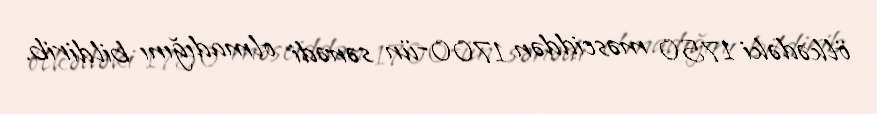
ölkədəki 1750 məsciddən 1700-ün sənədi olmadığını bildirib.